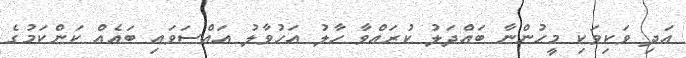
އަދި ވަކިވަކި މީހުންނާ ބައްދަލު ކުރައްވާ ހާލު އަހުވާލު އައްސަވައި ބައެއް ކަންކަމުގެ